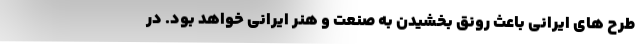
طرح های ایرانی باعث رونق بخشیدن به صنعت و هنر ایرانی خواهد بود. در